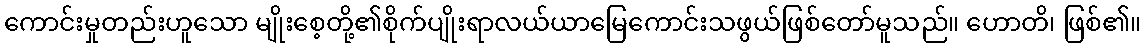
ကောင်းမှုတည်းဟူသော မျိုးစေ့တို့၏စိုက်ပျိုးရာလယ်ယာမြေကောင်းသဖွယ်ဖြစ်တော်မူသည်။ ဟောတိ၊ ဖြစ်၏။